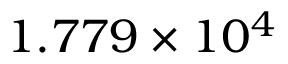
1 . 7 7 9 \times 1 0 ^ { 4 }